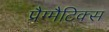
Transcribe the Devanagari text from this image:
प्रैग्मैटिक्स